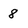
Character: 8